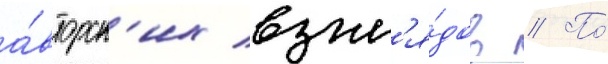
а́вторск'их взгл'я́дов // По́